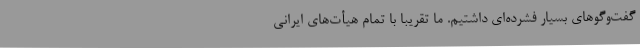
گفت‌وگوهای بسیار فشرده‌ای داشتیم. ما تقریبا با تمام هیأت‌های ایرانی